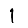
Digit: 1